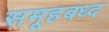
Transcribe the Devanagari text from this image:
समूहबध्द